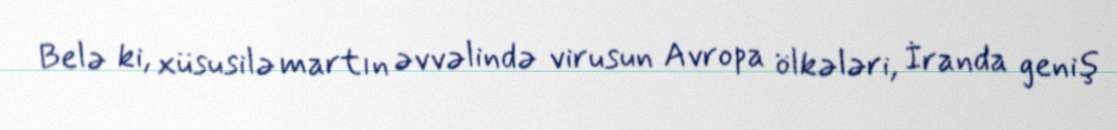
Belə ki, xüsusilə martın əvvəlində virusun Avropa ölkələri, İranda geniş